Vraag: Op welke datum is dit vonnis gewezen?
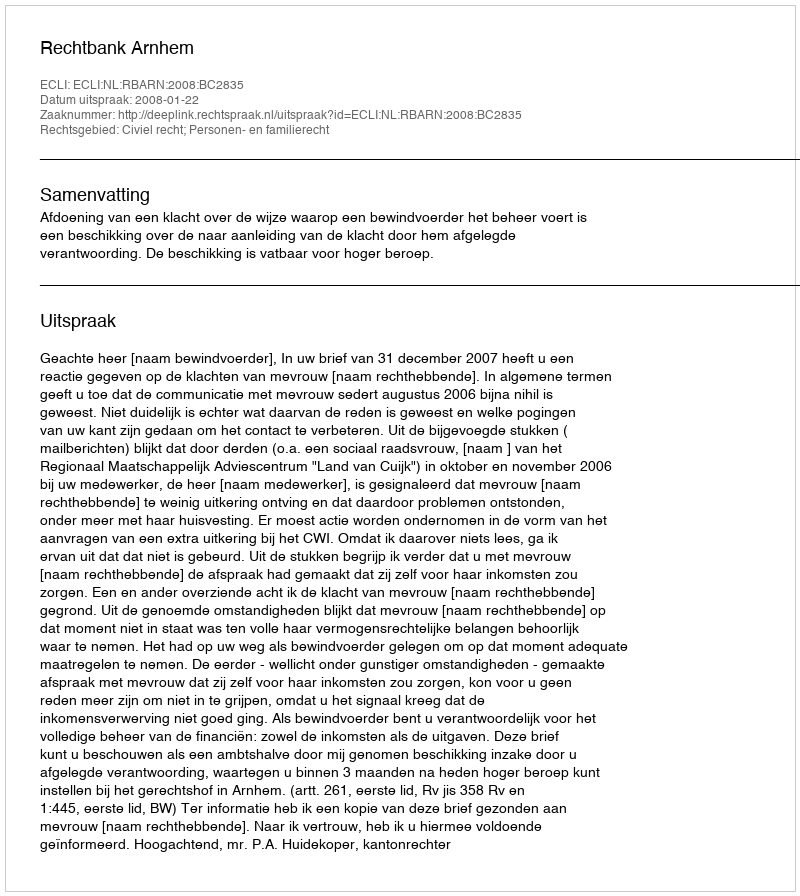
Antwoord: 2008-01-22